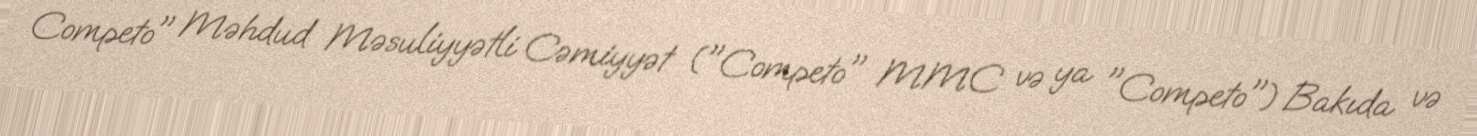
Competo" Məhdud Məsuliyyətli Cəmiyyət ("Competo" MMC və ya "Competo") Bakıda və